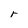
Character: r